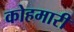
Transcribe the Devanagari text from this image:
कोहमारी